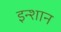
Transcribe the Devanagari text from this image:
इन्शान